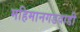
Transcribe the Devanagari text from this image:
महिमानगडवाडी